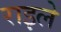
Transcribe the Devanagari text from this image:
राइले